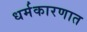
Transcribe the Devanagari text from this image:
धर्मकारणात